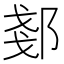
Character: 𫑠